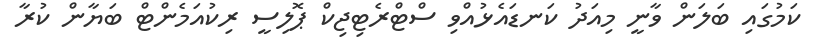
ކަމުގައި ބަލަން ވާނީ މިއަދު ކަނޑައެޅުއްވި ސްޓްރެޓިޖިކް ޕޮލިސީ ރިކުއަމެންޓް ބަޔާން ކުރާ